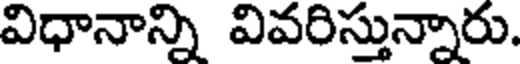
విధానాన్ని వివరిస్తున్నారు.